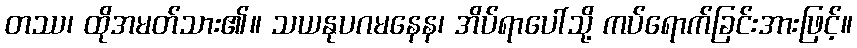
တဿ၊ ထိုအမတ်သား၏။ သယနုပဂမနေန၊ အိပ်ရာပေါ်သို့ ကပ်ရောက်ခြင်းအားဖြင့်။